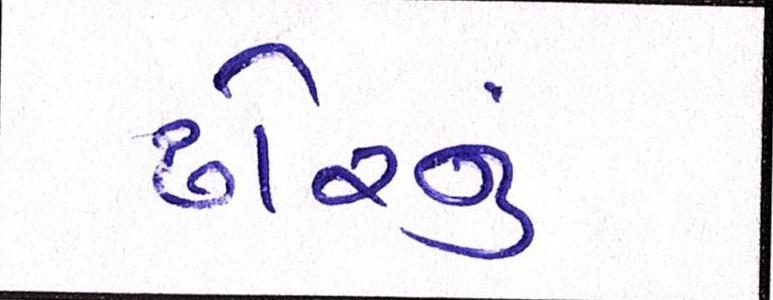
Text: ઢોરનું